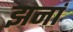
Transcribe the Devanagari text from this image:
झनां